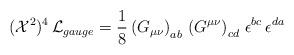
LaTeX: \begin{align*}({\cal X}^2)^4 \, {\cal L}_{gauge} = \frac{1}{8} \left( G_{\mu\nu} \right)_{ab} \, \left( G^{\mu\nu} \right)_{cd} \, \epsilon^{bc} \, \epsilon^{da}\end{align*}